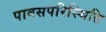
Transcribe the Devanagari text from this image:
पावसपरिस्थिति